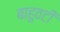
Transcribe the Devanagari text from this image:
बाहुवटीं